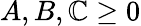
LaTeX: A,B,\mathbb{C}\geq0